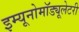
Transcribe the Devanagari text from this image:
इम्यूनोमॉड्यूलेटरी